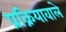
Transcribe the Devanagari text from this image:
प्रक्रियावाले